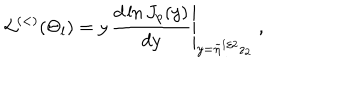
LaTeX: { \mathcal L } ^ { ( < ) } ( \Theta _ { l } ) = \left. y \, \frac { d \ln J _ { p } ( y ) } { d y } \right| _ { y = \widetilde { \eta } ^ { 1 / 2 } z _ { 2 } } \; ,